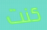
كنت